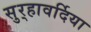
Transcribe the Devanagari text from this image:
सुर्‍हावर्दिया